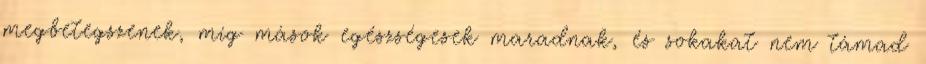
megbetegszenek, míg mások egészségesek maradnak, és sokakat nem támad